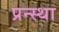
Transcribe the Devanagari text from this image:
प्रन्स्था